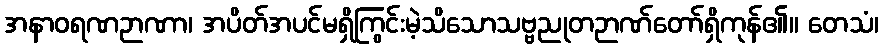
အနာဝရဏဉာဏာ၊ အပိတ်အပင်မရှိကြွင်းမဲ့သိသောသဗ္ဗညုတဉာဏ်တော်ရှိကုန်၏။ တေသံ၊